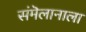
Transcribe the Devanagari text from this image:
संमॆलानाला